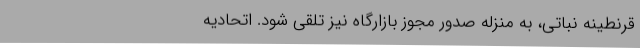
قرنطینه نباتی، به منزله صدور مجوز بازارگاه نیز تلقی شود. اتحادیه